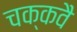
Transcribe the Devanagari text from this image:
चक्‍कवै